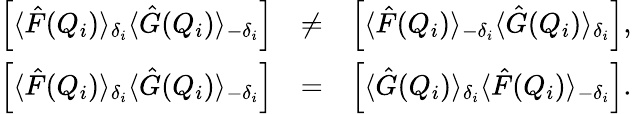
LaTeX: \begin{array}{rlr}{\left[\langle\hat{F}(Q_{i})\rangle_{\delta_{i}}\langle\hat{G}(Q_{i})\rangle_{-\delta_{i}}\right]}&{\neq}&{\left[\langle\hat{F}(Q_{i})\rangle_{-\delta_{i}}\langle\hat{G}(Q_{i})\rangle_{\delta_{i}}\right],}\\ {\left[\langle\hat{F}(Q_{i})\rangle_{\delta_{i}}\langle\hat{G}(Q_{i})\rangle_{-\delta_{i}}\right]}&{=}&{\left[\langle\hat{G}(Q_{i})\rangle_{\delta_{i}}\langle\hat{F}(Q_{i})\rangle_{-\delta_{i}}\right].}\end{array}